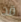
قد